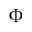
\Phi